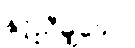
နှင့်ညီမျှသော